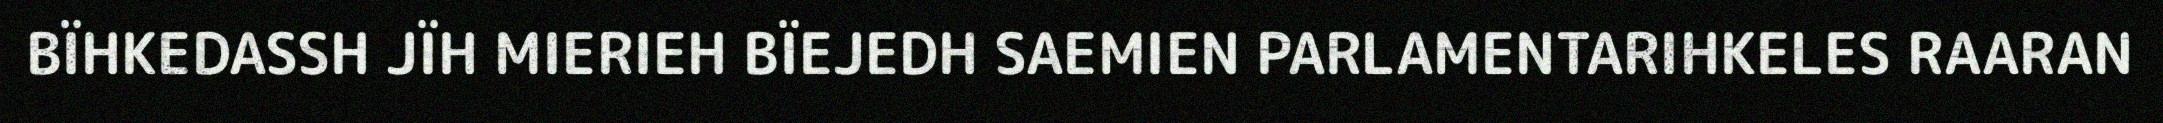
BÏHKEDASSH JÏH MIERIEH BÏEJEDH SAEMIEN PARLAMENTARIHKELES RAARAN